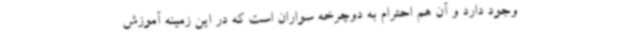
وجود دارد و آن هم احترام به دوچرخه سواران است که در این زمینه آموزش